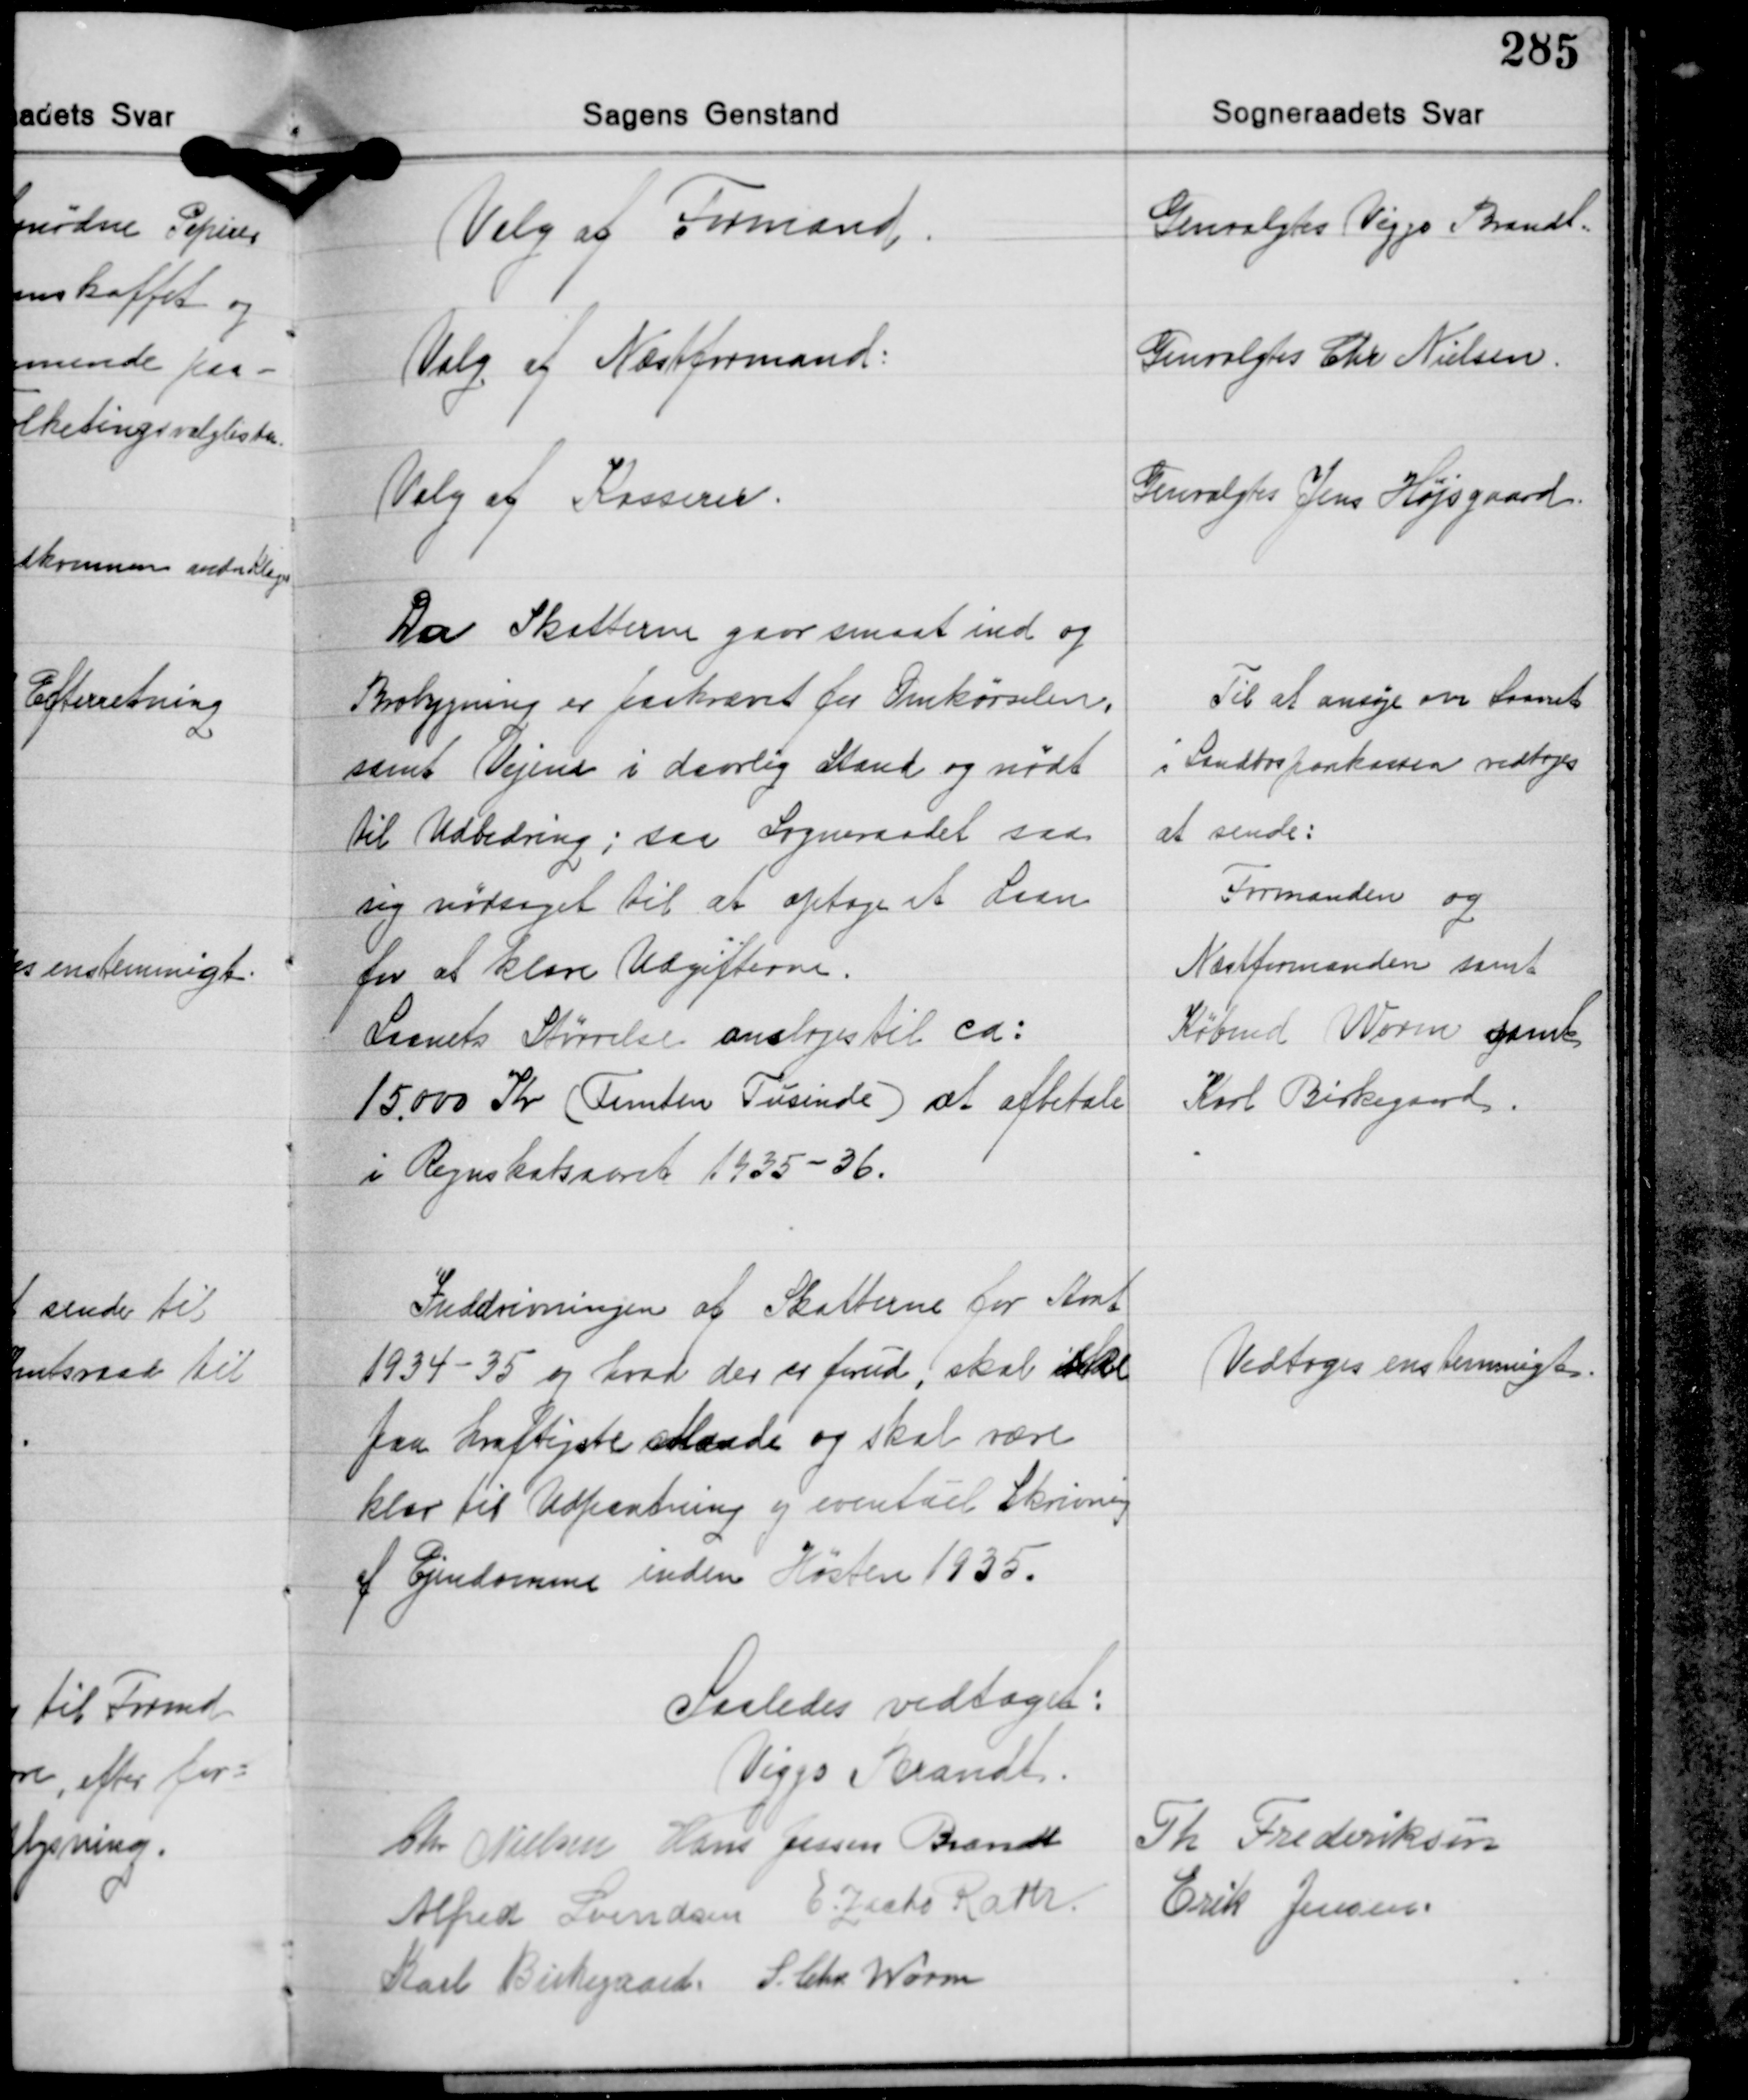
Transskription:
Valg af Formand

Genvalgtes Viggo Brandt.

Valg af Næstformand:

Genvalgtes Chr. Nielsen.

Valg af Kasserer.

Genvalgtes Jens Højsgaard

Da Skatterne gaar smaat ind og
Brobygning er paakrævet for Omkørselen,
samt Vejene i daarlig Stand og nødt
til Udbedring; saa Sogneraadet saa
sig nødsaget til at optage et Laan
for at klare Udgifterne.
Laanets Størrelse ansloges til ca.:
15.000 Kr. (Femten Tusinde) at afbetale
i Regnskabsaaret 1935-36.

Til at ansøge om Laanet
i Landbosparekassen vedtoges
at sende:
Formanden og
Næstformanden samt
Købmd. Worm samt
Karl Birkegaard.

Inddrivningen af Skatterne for Aaret
1934-35 og hvad der er forud, skal være
paa kraftigste Maade og skal være
klar til Udpantning og eventuel Skrivning
af Ejendomme inden Høsten 1935.

Vedtoges enstemmigt.

Saaledes vedtaget:
Viggo Brandt
Chr. Nielsen Hans Jessen Brandt Th. Frederiksen
Alfred Svendsen E. Zacho Rath Erik Jensen
Karl Birkegaard S. Chr. Worm